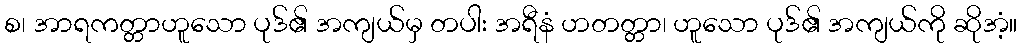
စ၊ အာရကတ္တာဟူသော ပုဒ်၏ အကျယ်မှ တပါး အရီနံ ဟတတ္တာ၊ ဟူသော ပုဒ်၏ အကျယ်ကို ဆိုအံ့။